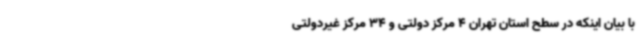
با بیان اینکه در سطح استان تهران 4 مرکز دولتی و 34 مرکز غیردولتی